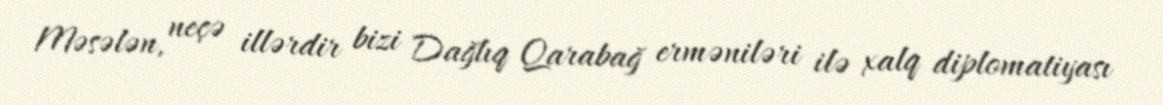
Məsələn, neçə illərdir bizi Dağlıq Qarabağ erməniləri ilə xalq diplomatiyası